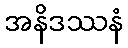
အနိဒဿနံ